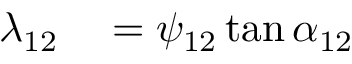
\begin{array} { r l } { \lambda _ { 1 2 } } & { { } = \psi _ { 1 2 } \tan \alpha _ { 1 2 } } \end{array}